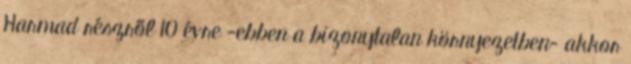
Harmad részről 10 évre -ebben a bizonytalan környezetben- akkor